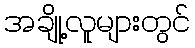
အချို့လူများတွင်